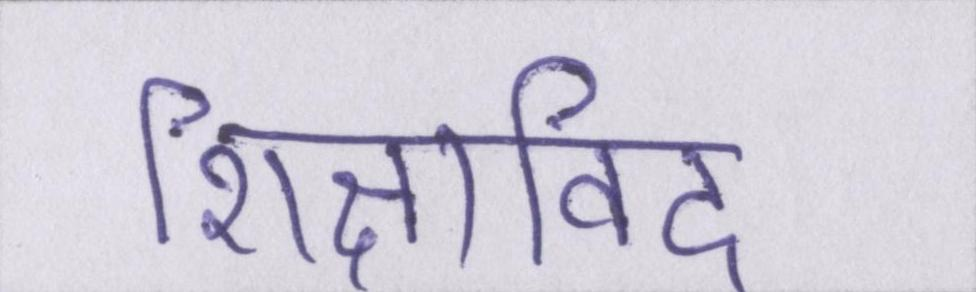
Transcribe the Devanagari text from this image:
शिक्षाविद